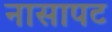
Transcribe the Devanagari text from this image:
नासापट